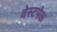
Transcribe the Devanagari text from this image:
वेस्टपेक